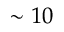
\sim 1 0